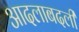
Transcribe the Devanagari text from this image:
आदलाबदली